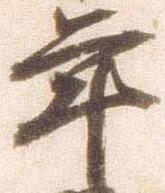
年